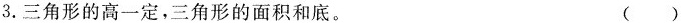
3.三角形的高一定，三角形的面积和底。 ( )